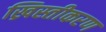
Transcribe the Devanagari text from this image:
ख्रिस्तीकरण